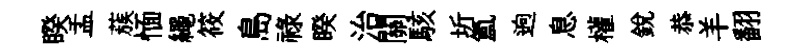
睽盂蔟愐繩筱島禄睽治關駭圻氲逈息權銳恭羊翻